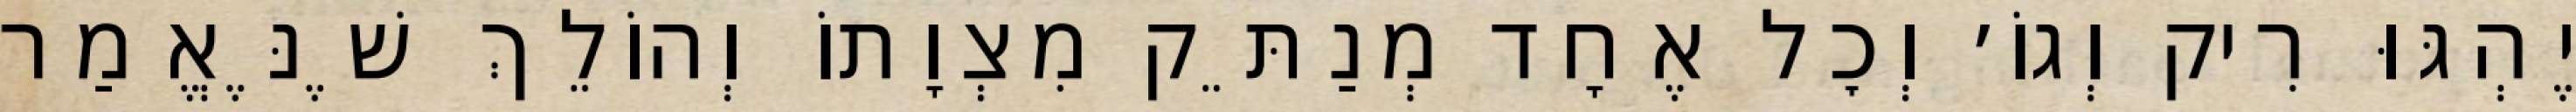
יֶהְגּוּ רִיק וְגוֹ׳ וְכׇל אֶחָד מְנַתֵּק מִצְוָתוֹ וְהוֹלֵךְ שֶׁנֶּאֱמַר